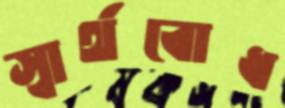
স্বার্থবোধ